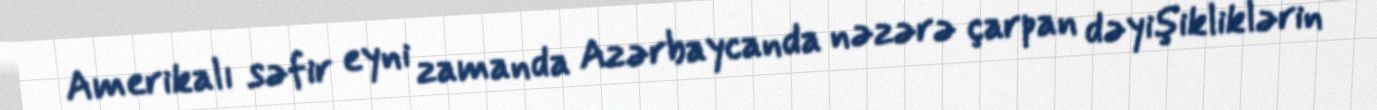
Amerikalı səfir eyni zamanda Azərbaycanda nəzərə çarpan dəyişikliklərin